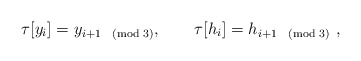
\begin{align*}\tau [y_{i}]=y_{i+1\pmod 3},\qquad \tau [h_{i}]=h_{i+1\pmod 3}\ ,\end{align*}